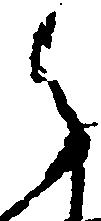
之